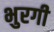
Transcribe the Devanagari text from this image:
भुरगी